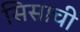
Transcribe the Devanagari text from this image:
सिसाची